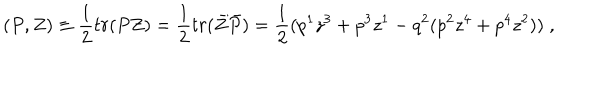
LaTeX: ( P , Z ) \equiv \frac { 1 } { 2 } t r ( P Z ) = \frac { 1 } { 2 } t r ( \bar { Z } \bar { P } ) = \frac { 1 } { 2 } ( p ^ { 1 } z ^ { 3 } + p ^ { 3 } z ^ { 1 } - q ^ { 2 } ( p ^ { 2 } z ^ { 4 } + p ^ { 4 } z ^ { 2 } ) ) \; ,